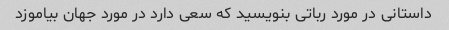
داستانی در مورد رباتی بنویسید که سعی دارد در مورد جهان بیاموزد